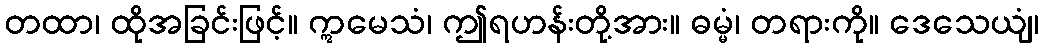
တထာ၊ ထိုအခြင်းဖြင့်။ ဣမေသံ၊ ဤရဟန်းတို့အား။ ဓမ္မံ၊ တရားကို။ ဒေသေယျံ၊